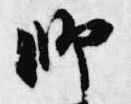
師